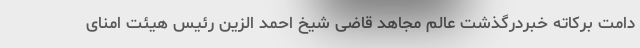
دامت برکاته خبردرگذشت عالم مجاهد قاضی شیخ احمد الزین رئیس هیئت امنای